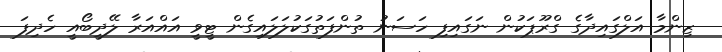
ޒިންމާ އަލްގައިދާގެ ގްރޫޕަކުން ނަގައިފި ހަސަނު ތުންފަތުގަކުލަލައިގެން ޓީވީ އައްއަރާ ލޭދީބޯއީ ހެދިފަ